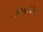
મિયામોટો